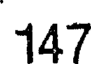
147